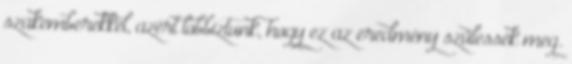
szakemberekkel, azért lobbiztunk, hogy ez az eredmény szülessék meg.